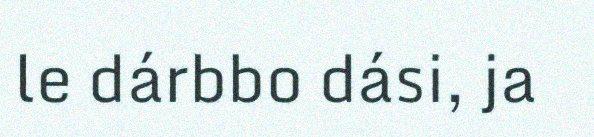
le dárbbo dási, ja